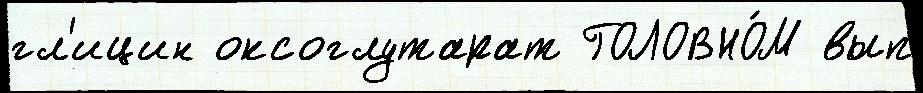
гл'ицин оксоглутарат ГОЛОВНО́М вып